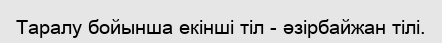
Таралу бойынша екінші тіл - әзірбайжан тілі.